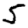
Digit: 5